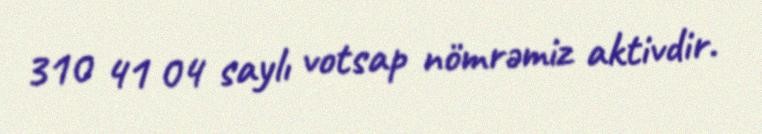
310 41 04 saylı votsap nömrəmiz aktivdir.